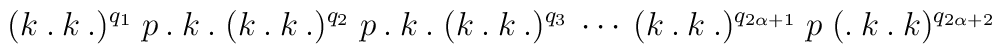
(k \:.\: k \:.)^{q_1} \;p\:.\:k\:.\; (k\:.\:k\:.)^{q_2} 	\;p\:.\:k\:.\; (k\:.\:k\:.)^{q_3} \:\cdots\:	(k\:.\:k\:.)^{q_{2\alpha+1}} \;p\; (.\:k\:.\:k)^{q_{2\alpha+2}}